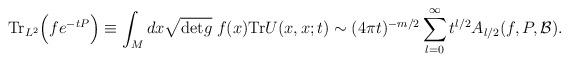
LaTeX: \begin{align*}{\rm {Tr}}_{L^{2}}\Bigr(f e^{-tP} \Bigr) \equiv \int_{M}dx \sqrt{{\rm {det}}g} \; f(x){\rm {Tr}} U(x,x;t) \sim (4\pi t)^{-m/2} \sum_{l=0}^{\infty}t^{l/2}A_{l/2}(f,P,{\cal B}).\end{align*}